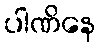
ပါဏိနေ